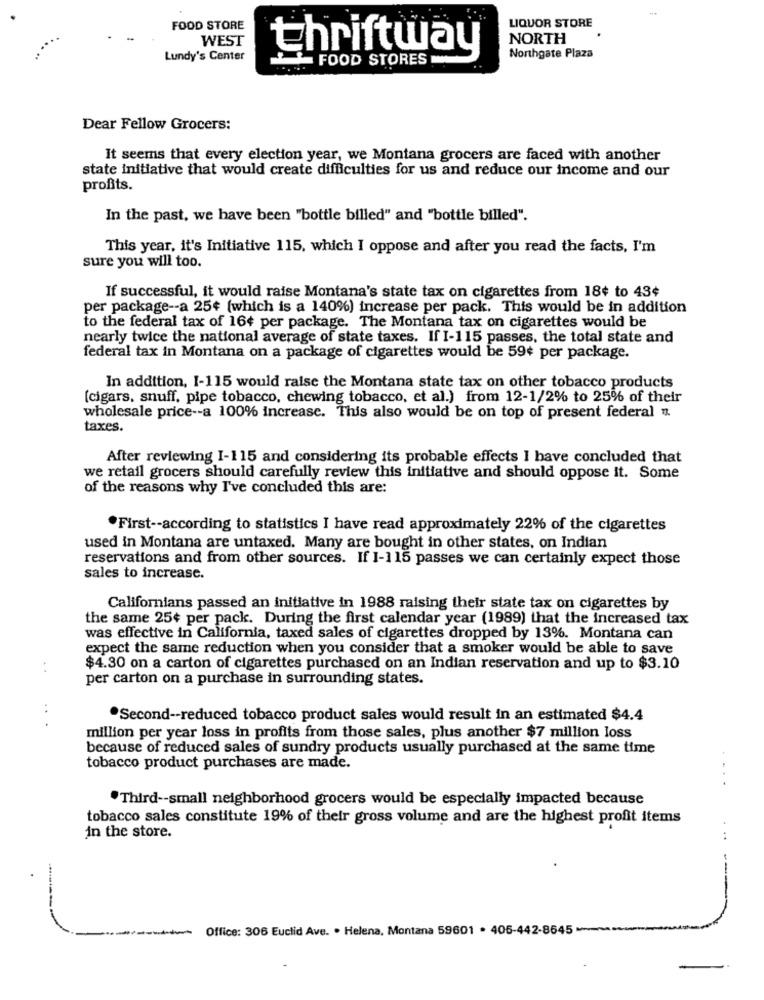
LIQUOR STORE
FOOD STORE
WEST
NORTH
thriftway
Northgate Plaza
Lundy's Center
FOOD STORES
Dear Fellow Grocers:
It seems that every election year, we Montana grocers are faced with another
state initiative that would create difficulties for us and reduce our income and our
profits.
In the past, we have been "bottle billed" and "bottle billed".
This year, it's Initiative 115, which I oppose and after you read the facts, I'm
sure you will too.
If successful, it would raise Montana's state tax on cigarettes from 18¢ to 43¢
per package -- a 25¢ (which is a 140%) increase per pack. This would be in addition
to the federal tax of 16¢ per package. The Montana tax on cigarettes would be
nearly twice the national average of state taxes. If I-115 passes, the total state and
federal tax in Montana on a package of cigarettes would be 59¢ per package.
In addition, 1-115 would raise the Montana state tax on other tobacco products
[cigars, snuff, pipe tobacco, chewing tobacco, et al.) from 12-1/2% to 25% of their
wholesale price -- a 100% increase. This also would be on top of present federal ".
taxes.
After reviewing I-115 and considering its probable effects I have concluded that
we retail grocers should carefully review this initiative and should oppose it. Some
of the reasons why I've concluded this are:
.First -- according to statistics I have read approximately 22% of the cigarettes
used in Montana are untaxed. Many are bought in other states, on Indian
reservations and from other sources. If I-115 passes we can certainly expect those
sales to increase.
Californians passed an initiative in 1988 raising their state tax on cigarettes by
the same 25+ per pack. During the first calendar year (1989) that the increased tax
was effective in California, taxed sales of cigarettes dropped by 13%. Montana can
expect the same reduction when you consider that a smoker would be able to save
. .
$4.30 on a carton of cigarettes purchased on an Indian reservation and up to $3.10
per carton on a purchase in surrounding states.
...
*Second -- reduced tobacco product sales would result in an estimated $4.4
million per year loss in profits from those sales, plus another $7 million loss
because of reduced sales of sundry products usually purchased at the same time
tobacco product purchases are made.
·Third -- small neighborhood grocers would be especially impacted because
tobacco sales constitute 19% of their gross volume and are the highest profit items
In the store.
Office: 306 Euclid Ave. . Helena, Montana 59601 . 406-442-8645 -